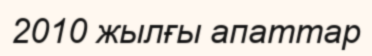
2010 жылғы апаттар